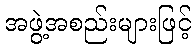
အဖွဲ့အစည်းများဖြင့်